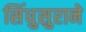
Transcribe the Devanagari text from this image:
सिंधुसुराने